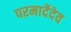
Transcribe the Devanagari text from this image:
परमार्देदेव